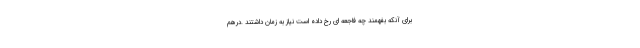
برای آنکه بفهمند چه فاجعه ای رخ داده است نیاز به زمان داشتند .درهم